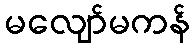
မလျော်မကန်